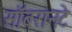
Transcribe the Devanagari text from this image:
सॉबरानटे